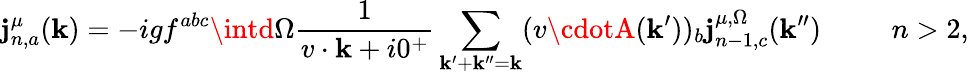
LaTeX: \mathbf{j}_{n,a}^{\mu}(\mathbf{k})=-igf^{abc}\intd\Omega{\frac{{1}}{{v\cdot\mathbf{k}+i0^{+}}}}\sum_{\mathbf{k}^{\prime}+\mathbf{k}^{\prime\prime}=\mathbf{k}}(v\cdotA(\mathbf{k}^{\prime}))_{b}\mathbf{j}_{n-1,c}^{\mu,\Omega}(\mathbf{k}^{\prime\prime})\ \ \ \ \ \ \ \ \ \ n>2,